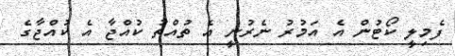
ފެމިލީ ކޯޓުން އެ އަމުރު ނެރުނީ އެ ތުއްތު ކުއްޖާ އެ ކުއްޖާގެ